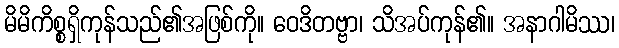
မိမိကိစ္စရှိကုန်သည်၏အဖြစ်ကို။ ဝေဒိတဗ္ဗာ၊ သိအပ်ကုန်၏။ အနာဂါမိဿ၊